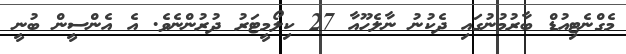
މެގްނެޓިއުޑް ބާރުމުނުގައި ދެކުނު ނާލެހޫއާ 27 ކިލޯމީޓަރު ދުރުންނެވެ. އެ އެެންސީން ބުނީ